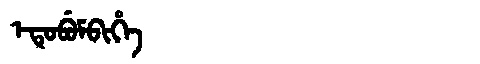
Manchu: ᡝᡨᡠᠪᡠᠮᠪᡳᡥᡝ
Romanization: ETUBUMBIHE